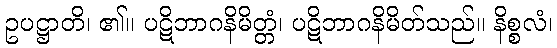
ဥပဋ္ဌာတိ၊ ၏။ ပဋိဘာဂနိမိတ္တံ၊ ပဋိဘာဂနိမိတ်သည်။ နိစ္စလံ၊